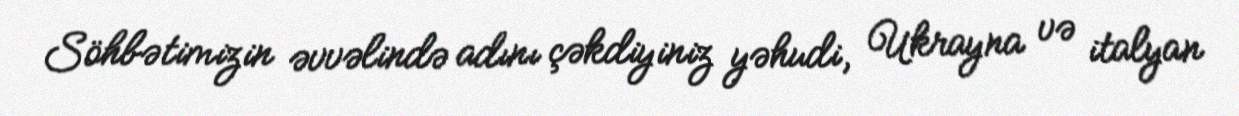
Söhbətimizin əvvəlində adını çəkdiyiniz yəhudi, Ukrayna və italyan